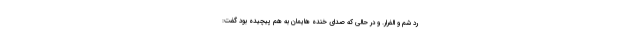
رد شم و الفرار. و در حالی که صدای خنده­ هایمان به هم پیچیده بود گفت: